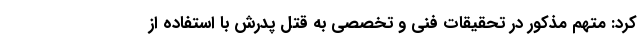
کرد: متهم مذکور در تحقیقات فنی و تخصصی به قتل پدرش با استفاده از